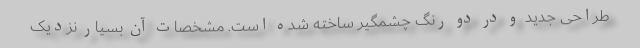
طراحی جدید و در دو رنگ چشمگیر ساخته شده است. مشخصات آن بسیار نزدیک